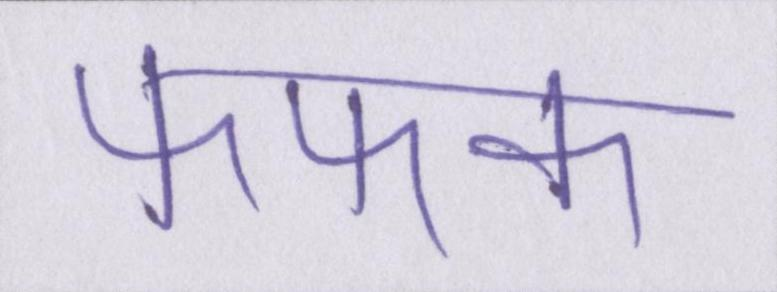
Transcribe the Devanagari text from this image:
फफक